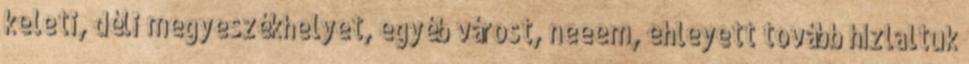
keleti, déli megyeszékhelyet, egyéb várost, neeem, ehleyett tovább hízlaltuk